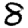
Digit: 8